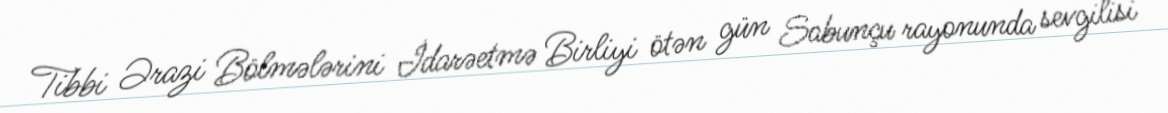
Tibbi Ərazi Bölmələrini İdarəetmə Birliyi ötən gün Sabunçu rayonunda sevgilisi